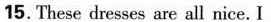
15. These dresses are all nice.I